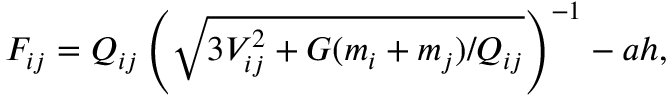
F _ { i j } = Q _ { i j } \left( \sqrt { 3 V _ { i j } ^ { 2 } + G ( m _ { i } + m _ { j } ) / Q _ { i j } } \right) ^ { - 1 } - a h ,